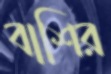
বাশির